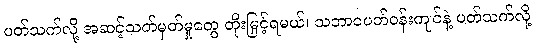
ပတ်သက်လို့ အဆင့်သတ်မှတ်မှုတွေ တိုးမြှင့်ရမယ်၊ သဘာဝပတ်ဝန်းကျင်နဲ့ ပတ်သက်လို့